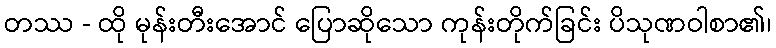
တဿ - ထို မုန်းတီးအောင် ပြောဆိုသော ကုန်းတိုက်ခြင်း ပိသုဏဝါစာ၏၊